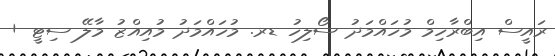
ރައީސް އިބްރާހިމް މުހައްމަދު ސޯލިހު ޑރ. މުހައްމަދު މުއިއްޒު މާލޭ ސިޓީ +